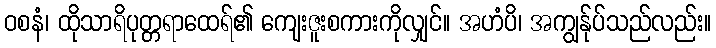
ဝစနံ၊ ထိုသာရိပုတ္တရာထေရ်၏ ကျေးဇူးစကားကိုလျှင်။ အဟံပိ၊ အကျွန်ုပ်သည်လည်း။